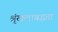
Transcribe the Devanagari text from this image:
श्रृंखलाबद्धता